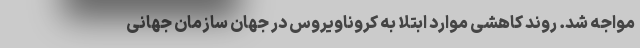
مواجه شد. روند کاهشی موارد ابتلا به کروناویروس در جهان سازمان جهانی